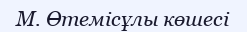
М. Өтемісұлы көшесі